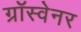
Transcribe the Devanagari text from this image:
ग्रॉस्वेनर